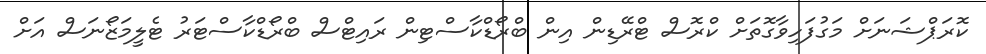
ކޮރަޕްޝަނަށް މަގުފަހިވާގޮތަށް ކްރޮސް ޓްރޭޑިން އިން ބްރޯޑްކާސްޓިން ރައިޓްސް ބްރޯޑްކާސްޓަރު ޓެލީމަޒޯނަސް އަށް